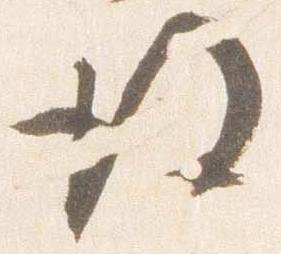
後